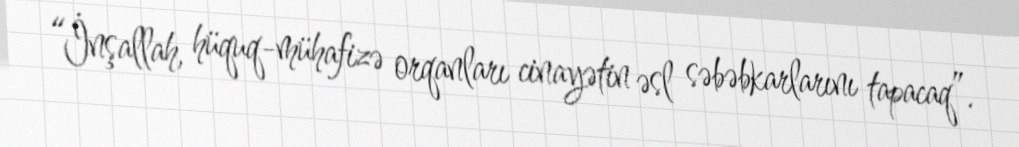
“İnşallah, hüquq-mühafizə orqanları cinayətin əsl səbəbkarlarını tapacaq”.